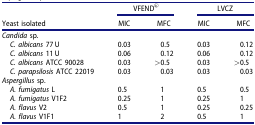
<table><thead><tr><td><b> </b></td><td colspan="2"><b>VFEND<sup>®</sup></b></td><td colspan="2"><b>LVCZ</b></td></tr><tr><td><b>Yeast isolated</b></td><td><b>MIC</b></td><td><b>MFC</b></td><td><b>MIC</b></td><td><b>MFC</b></td></tr></thead><tbody><tr><td colspan="5"><i>Candida</i> sp.</td></tr><tr><td><i> C. albicans</i> 77 U</td><td>0.03</td><td>0.5</td><td>0.03</td><td>0.12</td></tr><tr><td><i> C. albicans</i> 11 U</td><td>0.06</td><td>0.12</td><td>0.06</td><td>0.12</td></tr><tr><td><i> C. albicans</i> ATCC 90028</td><td>0.03</td><td>&gt;0.5</td><td>0.03</td><td>&gt;0.5</td></tr><tr><td><i> C. parapsilosis</i> ATCC 22019</td><td>0.03</td><td>0.03</td><td>0.03</td><td>0.03</td></tr><tr><td colspan="5"><i>Aspergillus</i> sp.</td></tr><tr><td><i> A. fumigatus</i> L</td><td>0.5</td><td>1</td><td>0.5</td><td>0.5</td></tr><tr><td><i> A. fumigatus</i> V1F2</td><td>0.25</td><td>1</td><td>0.25</td><td>1</td></tr><tr><td><i> A. flavus</i> V2</td><td>0.5</td><td>1</td><td>0.25</td><td>0.25</td></tr><tr><td><i> A. flavus</i> V1F1</td><td>1</td><td>2</td><td>0.5</td><td>1</td></tr></tbody></table>